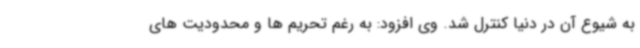
به شیوع آن در دنیا کنترل شد. وی افزود: به رغم تحریم ها و محدودیت های